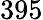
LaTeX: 395